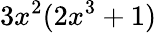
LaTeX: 3x^{2}(2x^{3}+1)